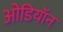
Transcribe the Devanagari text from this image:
ओडियॉन